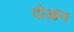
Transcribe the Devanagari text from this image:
दोआन